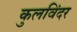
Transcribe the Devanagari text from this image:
कुलविंदर